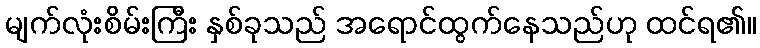
မျက်လုံးစိမ်းကြီး နှစ်ခုသည် အရောင်ထွက်နေသည်ဟု ထင်ရ၏။